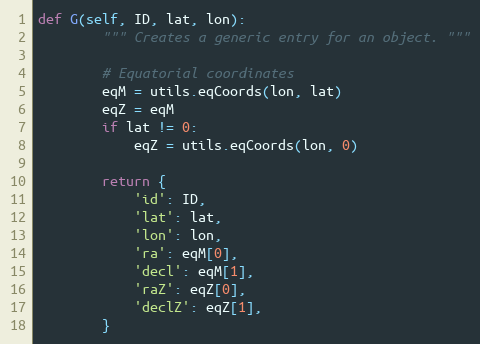
Language: Python
def G(self, ID, lat, lon):
        """ Creates a generic entry for an object. """

        # Equatorial coordinates
        eqM = utils.eqCoords(lon, lat)
        eqZ = eqM
        if lat != 0:
            eqZ = utils.eqCoords(lon, 0)

        return {
            'id': ID,
            'lat': lat,
            'lon': lon,
            'ra': eqM[0],
            'decl': eqM[1],
            'raZ': eqZ[0],
            'declZ': eqZ[1],
        }